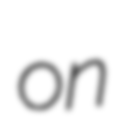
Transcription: on